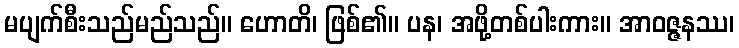
မပျက်စီးသည်မည်သည်။ ဟောတိ၊ ဖြစ်၏။ ပန၊ အဖို့တစ်ပါးကား။ အာဝဇ္ဇနဿ၊